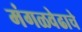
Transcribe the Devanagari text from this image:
मंगळवेढाचे